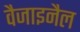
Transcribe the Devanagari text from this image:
वैजाइनैल